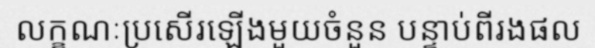
លក្ខណៈប្រសើរឡើងមួយចំនួន បន្ទាប់ពីរងផល